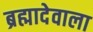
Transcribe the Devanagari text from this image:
ब्रह्मादेवाला